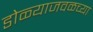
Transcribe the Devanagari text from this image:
डोळ्याजवळच्या